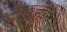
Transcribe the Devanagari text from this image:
सीडन